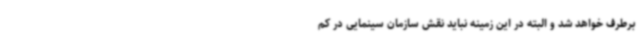
برطرف خواهد شد و البته در این زمینه نباید نقش سازمان سینمایی در کم